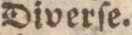
Diverſe.